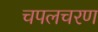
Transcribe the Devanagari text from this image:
चपलचरण